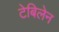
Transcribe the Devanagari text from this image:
टेबिलेन